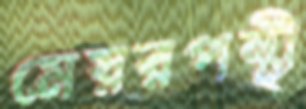
মেয়রপন্থী